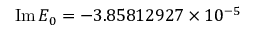
\mathrm { I m } \, E _ { 0 } = - 3 . 8 5 8 1 2 9 2 7 \times 1 0 ^ { - 5 }